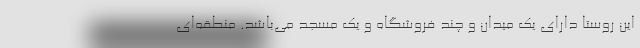
این روستا دارای یک میدان و چند فروشگاه و یک مسجد می‌باشد. منطقه‌ای